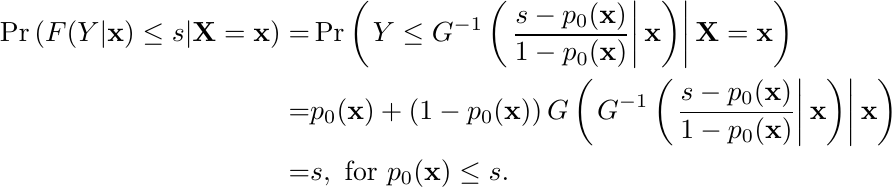
\begin{align*}
\Pr\left(F(Y|\mathbf{x})\leq s|\mathbf{X}=\mathbf{x}\right)=
&\Pr\left(\left.Y\leq G^{-1}\left(\left.\frac{s-p_{0}(\mathbf{x})}{1-p_{0}(\mathbf{x})}\right|\mathbf{x}\right)\right|\mathbf{X}=\mathbf{x} \right)\\=&p_{0}(\mathbf{x})+\left(1-p_{0}(\mathbf{x})\right)G\left(\left.G^{-1}\left(\left.\frac{s-p_{0}(\mathbf{x})}{1-p_{0}(\mathbf{x})}\right|\mathbf{x}\right)\right|\mathbf{x}\right)\\=&s, \text{ for }p_{0}(\mathbf{x})\leq  s.
\end{align*}